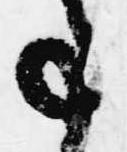
事